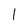
Character: 1